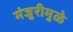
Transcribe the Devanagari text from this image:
मंजुरीमुळे